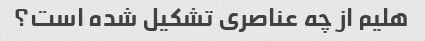
هلیم از چه عناصری تشکیل شده است؟